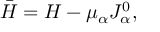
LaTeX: \bar { { \cal H } } = { \cal H } - \mu _ { \alpha } J _ { \alpha } ^ { 0 } ,